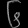
Digit: ၆